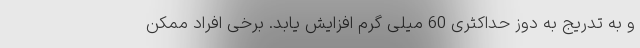
و به تدریج به دوز حداکثری 60 میلی گرم افزایش یابد. برخی افراد ممکن